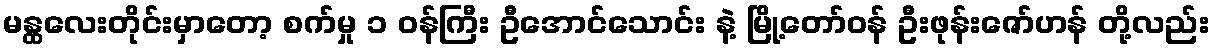
မန္ထလေးတိုင်းမှာတော့ စက်မှု ၁ ဝန်ကြီး ဦအောင်သောင်း နဲ့ မြို့တော်ဝန် ဦးဖုန်းဇော်ဟန် တို့လည်း